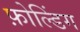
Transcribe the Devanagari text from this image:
फ़ोल्डिंग